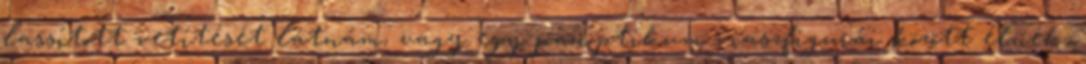
lassított vetítését látnám, vagy egy panoptikum viaszfigurái között élnék,